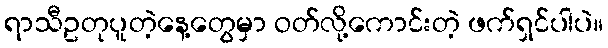
ရာသီဥတုပူတဲ့နေ့တွေမှာ ဝတ်လို့ကောင်းတဲ့ ဖက်ရှင်ပါပဲ။